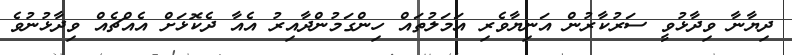
ދިޔާނާ ވިދާޅުވީ ސަރުކާރުން އަނިޔާވެރި އަމަލުތައް ހިންގަމުންދާއިރު އެއާ ދެކޮޅަށް އެއްޗެއް ވިދާޅުނުވެ